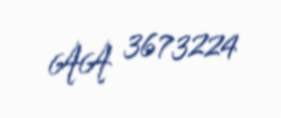
AA 3673224